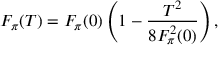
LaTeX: F _ { \pi } ( T ) = F _ { \pi } ( 0 ) \left( 1 - { \frac { T ^ { 2 } } { 8 F _ { \pi } ^ { 2 } ( 0 ) } } \right) ,